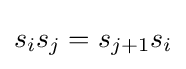
s_{i}s_{j}=s_{j+1}s_{i}